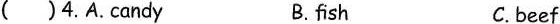
( )4.A.candy B. fish C. beef